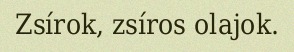
Zsírok, zsíros olajok.